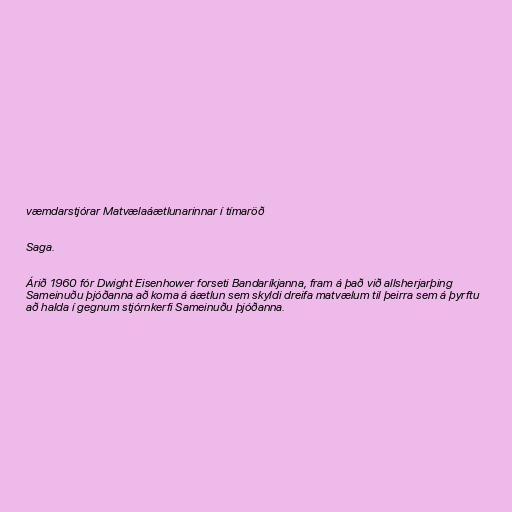
væmdarstjórar Matvælaáætlunarinnar í tímaröð

Saga.

Árið 1960 fór Dwight Eisenhower forseti Bandaríkjanna, fram á það við allsherjarþing
Sameinuðu þjóðanna að koma á áætlun sem skyldi dreifa matvælum til þeirra sem á þyrftu
að halda í gegnum stjórnkerfi Sameinuðu þjóðanna.